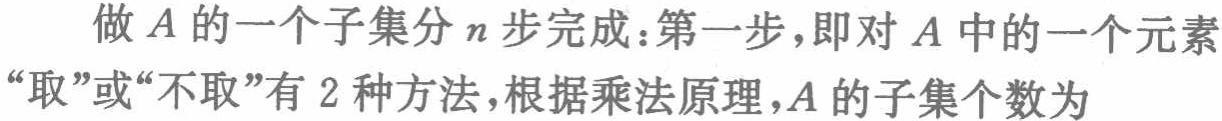
做\(A\)的一个子集分\(n\)步完成：第一步，即对\(A\)中的一个元素“取”或“不取”有\(2\)种方法，根据乘法原理，\(A\)的子集个数为